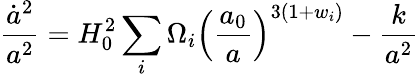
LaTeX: \frac{\dot{a}^{2}}{a^{2}}=H_{0}^{2}\sum_{i}\Omega_{i}\left(\frac{a_{0}}{a}\right)^{3(1+w_{i})}-\frac{k}{a^{2}}